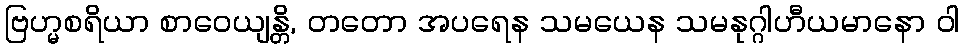
ဗြဟ္မစရိယာ စာဝေယျန္တိ, တတော အပရေန သမယေန သမနုဂ္ဂါဟီယမာနော ဝါ